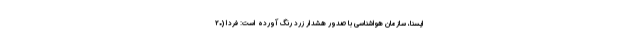
ایسنا، سازمان هواشناسی با صدور هشدار زرد رنگ آورده است: فردا (۲۰